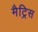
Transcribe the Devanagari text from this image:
मैट्रिस